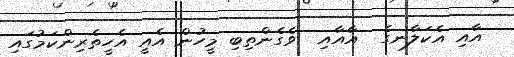
އާއި އެކަލާނގެ  އާއާއި  ވެގެންތިބި މީހުން އެއީ އެހީތެރިންކަމުގައި